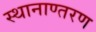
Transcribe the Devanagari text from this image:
स्थानाण्तरण